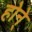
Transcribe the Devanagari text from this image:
होने्